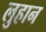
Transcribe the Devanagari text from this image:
लुहान